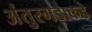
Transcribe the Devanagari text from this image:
अंतुरगडाकडे